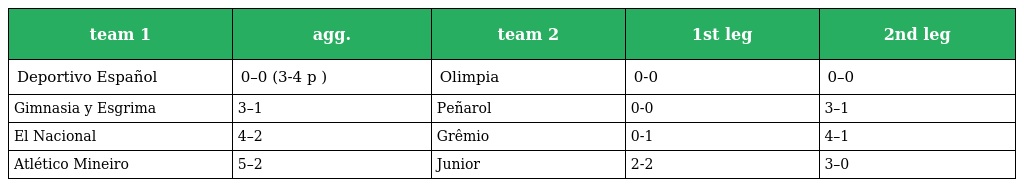
| team 1 | agg. | team 2 | 1st leg | 2nd leg |
 | --- | --- | --- | --- | --- |
 | Deportivo Español | 0–0 (3-4 p ) | Olimpia | 0-0 | 0–0 |
 | Gimnasia y Esgrima | 3–1 | Peñarol | 0-0 | 3–1 |
 | El Nacional | 4–2 | Grêmio | 0-1 | 4–1 |
 | Atlético Mineiro | 5–2 | Junior | 2-2 | 3–0 |